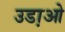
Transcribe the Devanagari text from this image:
उडा़ओ